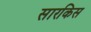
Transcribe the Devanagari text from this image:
सारकिस